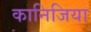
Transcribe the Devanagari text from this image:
कानिजिया